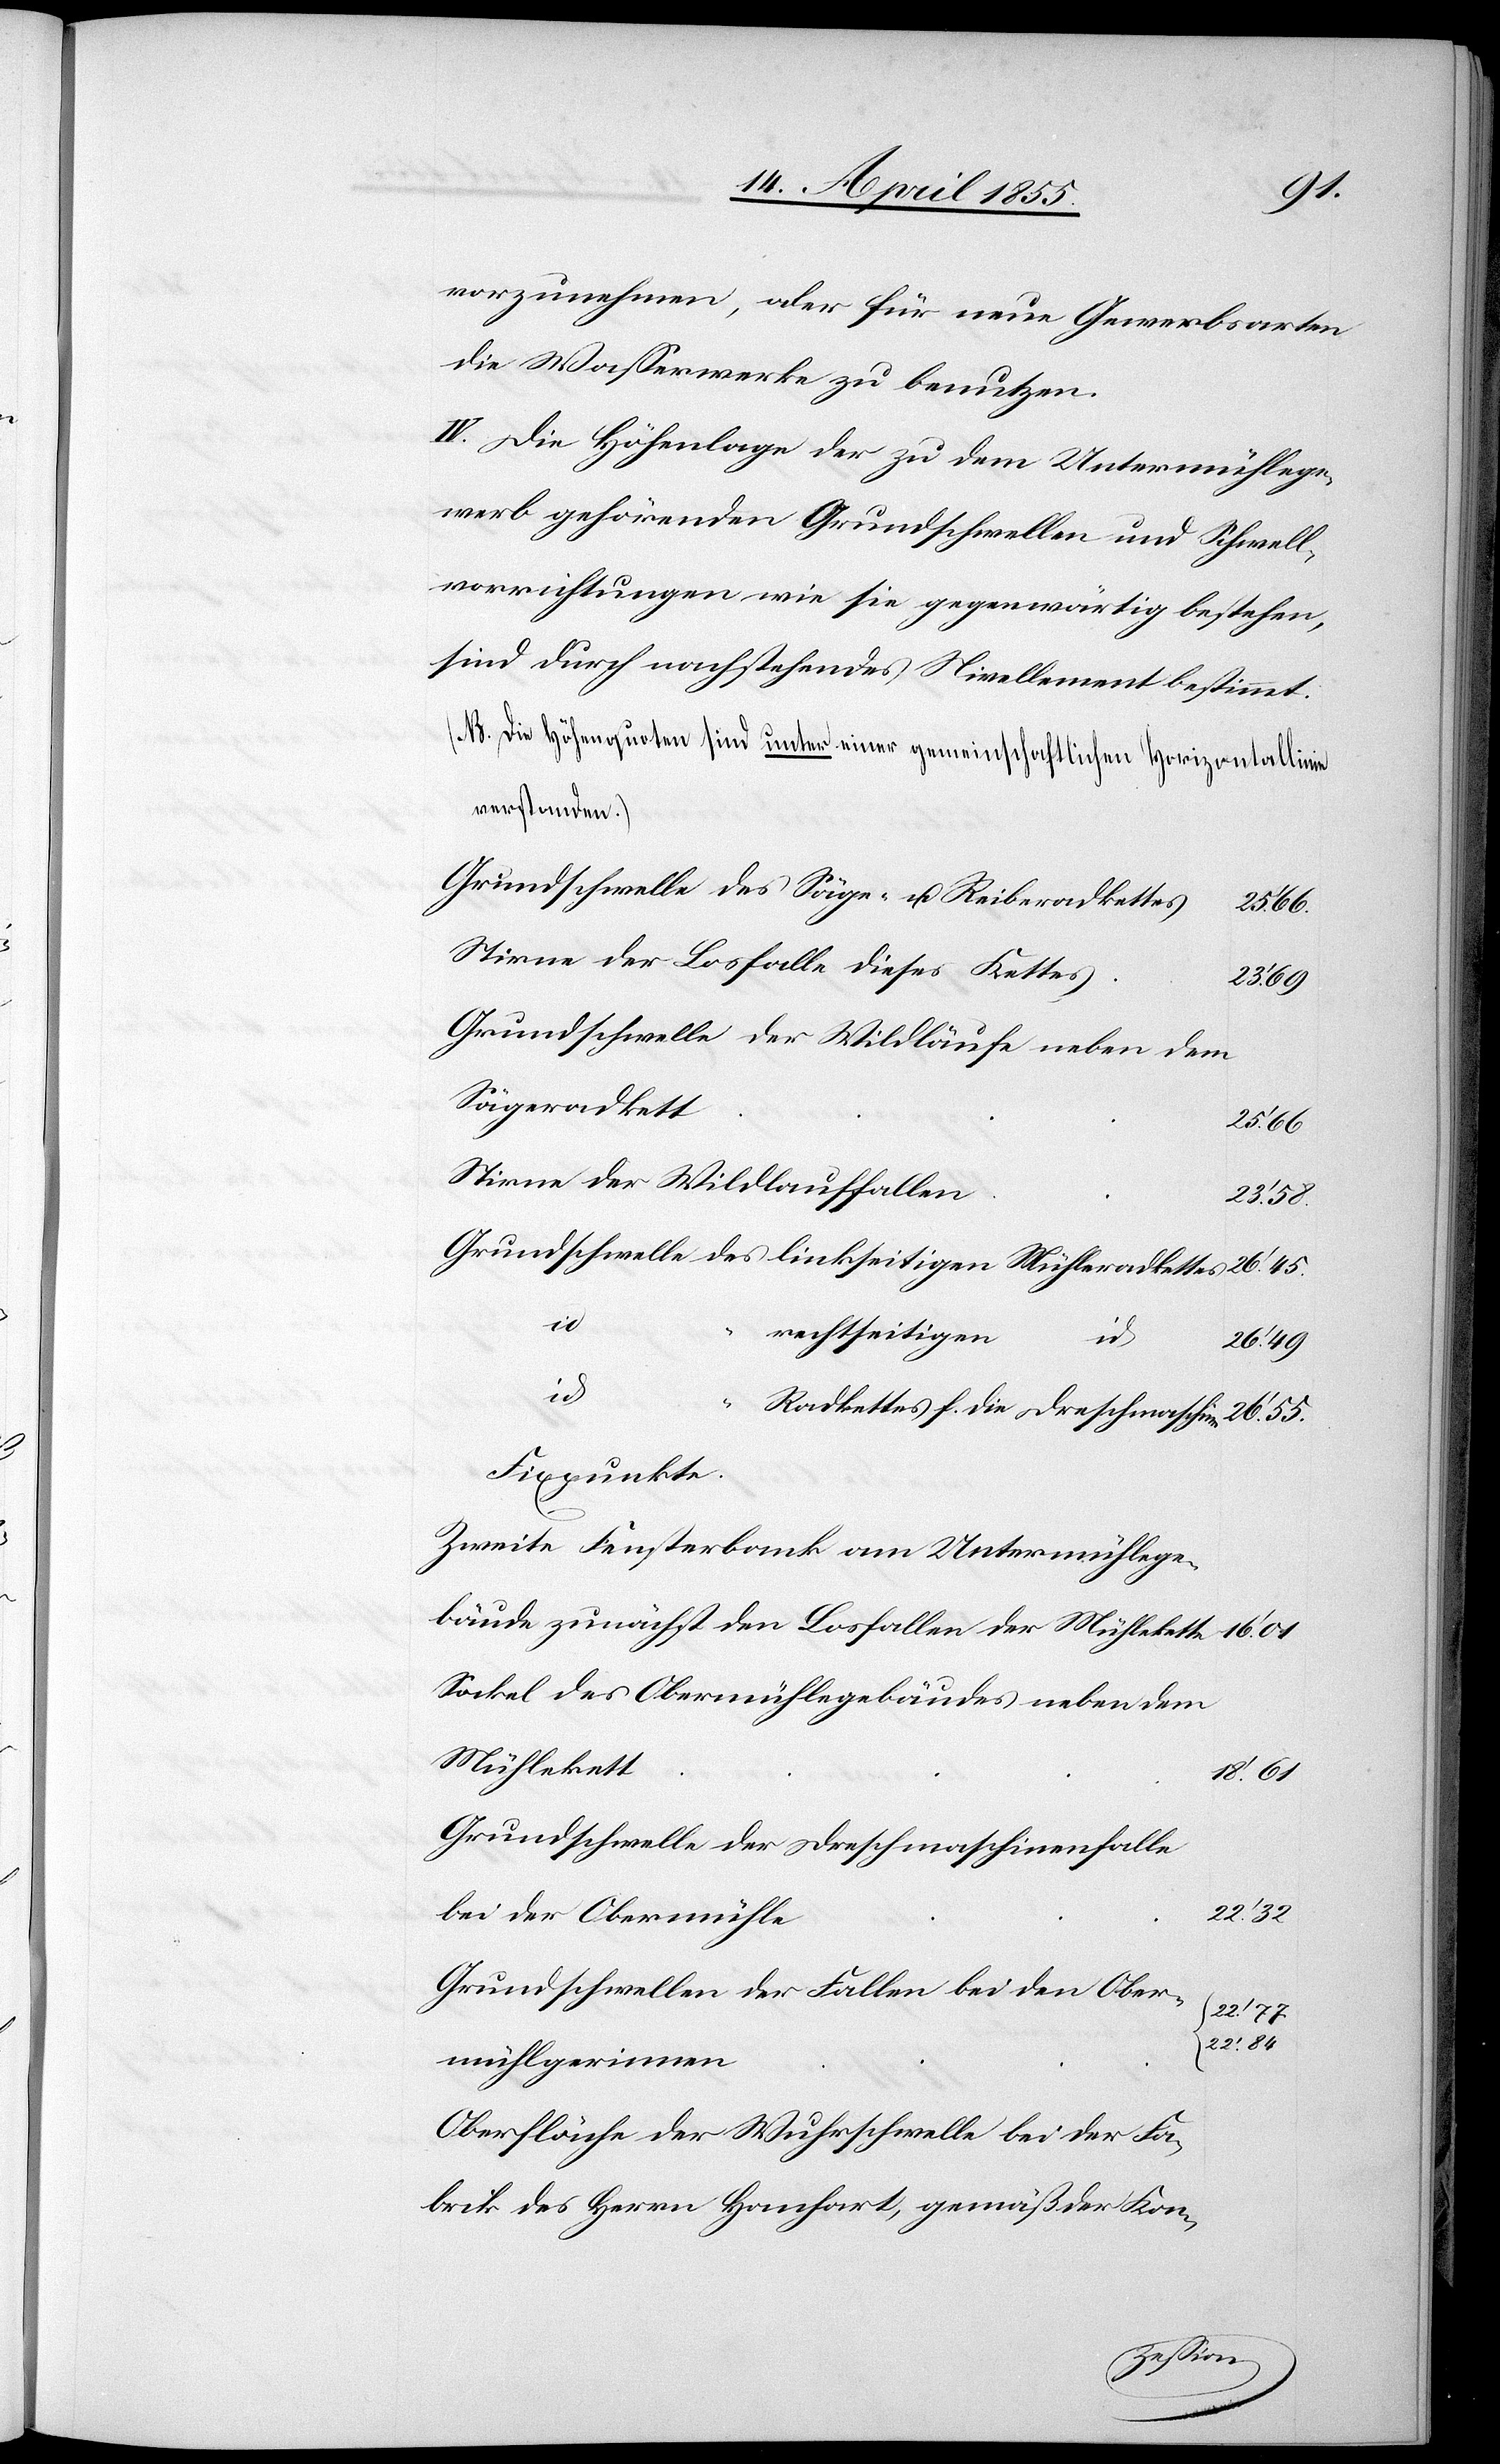
vorzunehmen, oder für neue Gewerbsarten
die Wasserwerke zu benutzen.
IV. Die Höhenlage der zu dem Untermühlege¬
werb gehörenden Grundschwellen und Schwell¬
vorrichtungen wie sie gegenwärtig bestehen,
sind durch nachstehendes Nivellement bestimmt.
[NB. Die Höhenquoten sind unter einer gemeinschaftlichen Horizontallinie
verstanden.]
Grundschwelle des Säge- u. Reiberadkettes
25.‘ 66.
Stirne der Losfalle dieses Kettes
69
Grundschwelle der Wildläufe neben dem
Sägeradkett
25.‘ 66
Stirne der Wildlauffallen
Grundschwelle des linkseitigen Mühleradkettes
rechtseitigen
id.
16.‘ 01
id.
“ Radkettes f. die Dreschmaschine
Fixpunkte.
Zweite Fensterbank am Untermühlege¬
bäude zunächst den Losfallen der Mühlekette
Sockel des Obermühlegebäudes neben dem
Mühlekett
18.‘ 61
Grundschwelle der Dreschmaschinenfalle
22.‘ 32
bei der Obermühle
Grundschwellen der Fallen bei den Ober¬
22.‘ 77.
22.‘ 84
mühlgerinnen
Oberfläche der Wuhrschwelle bei der Fa¬
brik des Herrn Hanhart, gemäß der Kon-